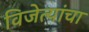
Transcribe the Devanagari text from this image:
विजेत्यांचा